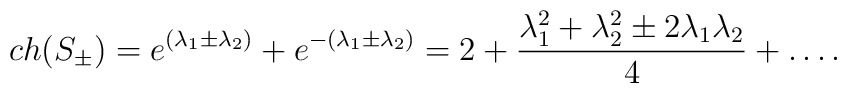
ch(S_{\pm})=e^{(\lambda_1\pm\lambda_2)}+ e^{-(\lambda_1\pm\lambda_2)}=2+{{\lambda_1^2+\lambda_2^2\pm 2\lambda_1\lambda_2}\over{4}}+\dots.